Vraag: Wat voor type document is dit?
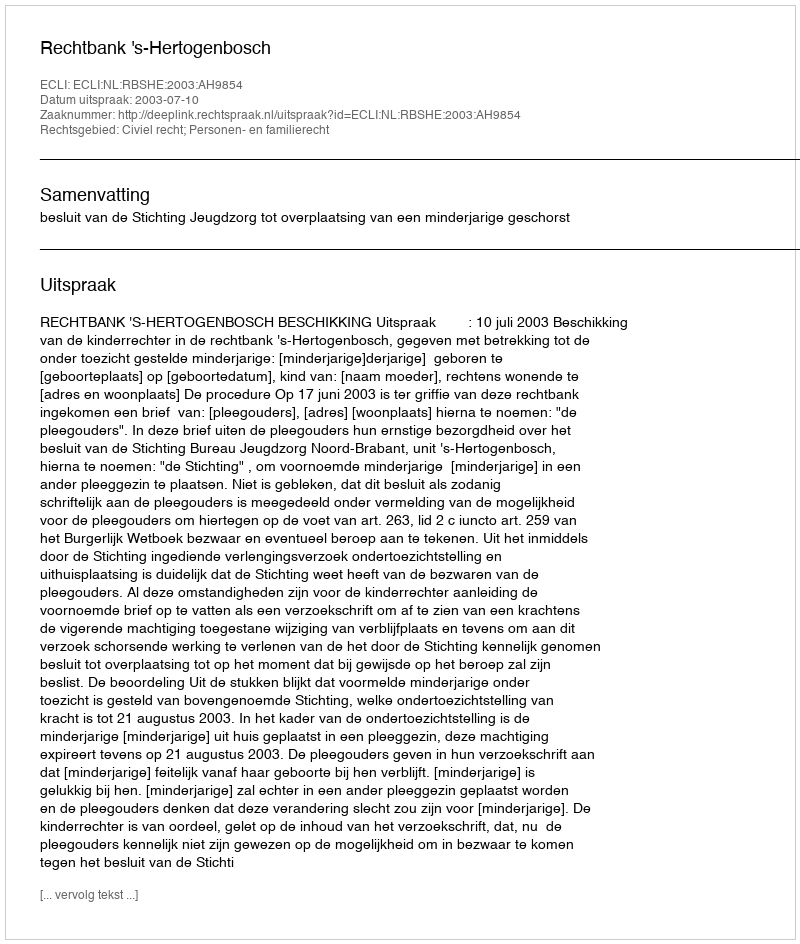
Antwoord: Uitspraak